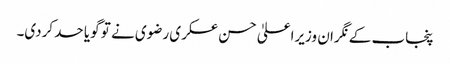
پنجاب کے نگران وزیراعلیٰ حسن عسکری رضوی نے تو گویا حد کردی۔